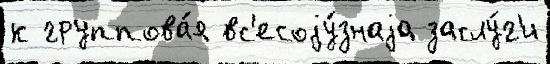
к группова́я вс'есоjу́знаjа заслу́г'и